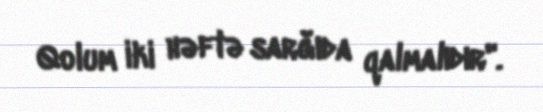
Qolum iki həftə sarğıda qalmalıdır".